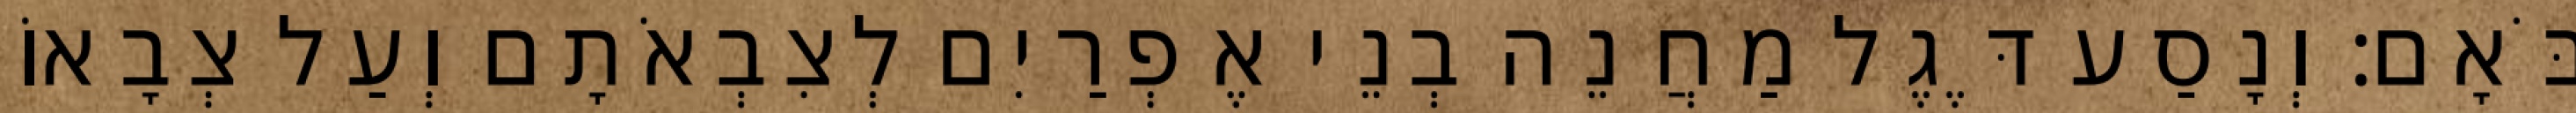
בֹּאָם׃ וְנָסַע דֶּגֶל מַחֲנֵה בְנֵי אֶפְרַיִם לְצִבְאֹתָם וְעַל צְבָאוֹ